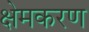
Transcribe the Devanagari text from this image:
क्षेमकरण